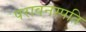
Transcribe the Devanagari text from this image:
परावनस्पति